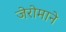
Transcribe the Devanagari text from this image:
जेरोमाने